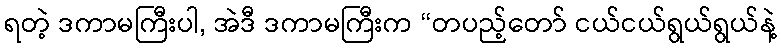
ရတဲ့ ဒကာမကြီးပါ, အဲဒီ ဒကာမကြီးက “တပည့်တော် ငယ်ငယ်ရွယ်ရွယ်နဲ့